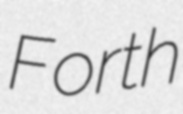
Forth